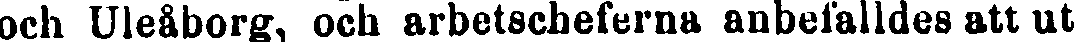
och Uleåborg, och arbetscheferna anbefalldes att ut